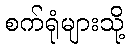
စက်ရုံများသို့